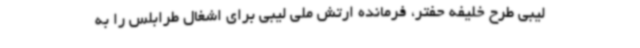
لیبی طرح خلیفه حفتر، فرمانده ارتش ملی لیبی برای اشغال طرابلس را به